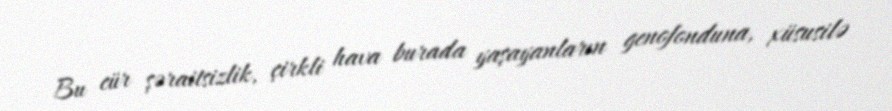
Bu cür şəraitsizlik, çirkli hava burada yaşayanların genofonduna, xüsusilə